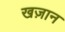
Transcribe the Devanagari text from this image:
खज़ान